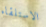
الاستلقاء